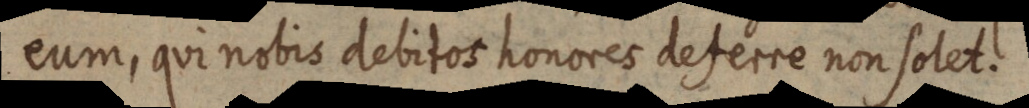
eum, qui nobis debitos honores deferre non solet.